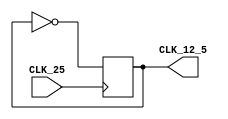
module clk12_5(
input wire CLK_25,
output CLK_12_5
);

reg CLK=0;
assign CLK_12_5=CLK;

always @(posedge CLK_25)
begin
	CLK=!CLK;
end 
endmodule